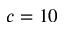
c = 1 0